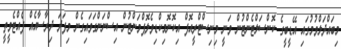
މިބައްދަލްވުމުގައި އޭޑީބީގެ ކޮންސަލްޓެންޓުން ވަނީ މިނިސްޓްރީއޮފް އިކޮނޮމިކްޑިވެލޮޕްމަންޓުން އިސްނަންގަވައިގެން މިފަދަ ދިރާސާއެއް ފެއްޓެވީތީ